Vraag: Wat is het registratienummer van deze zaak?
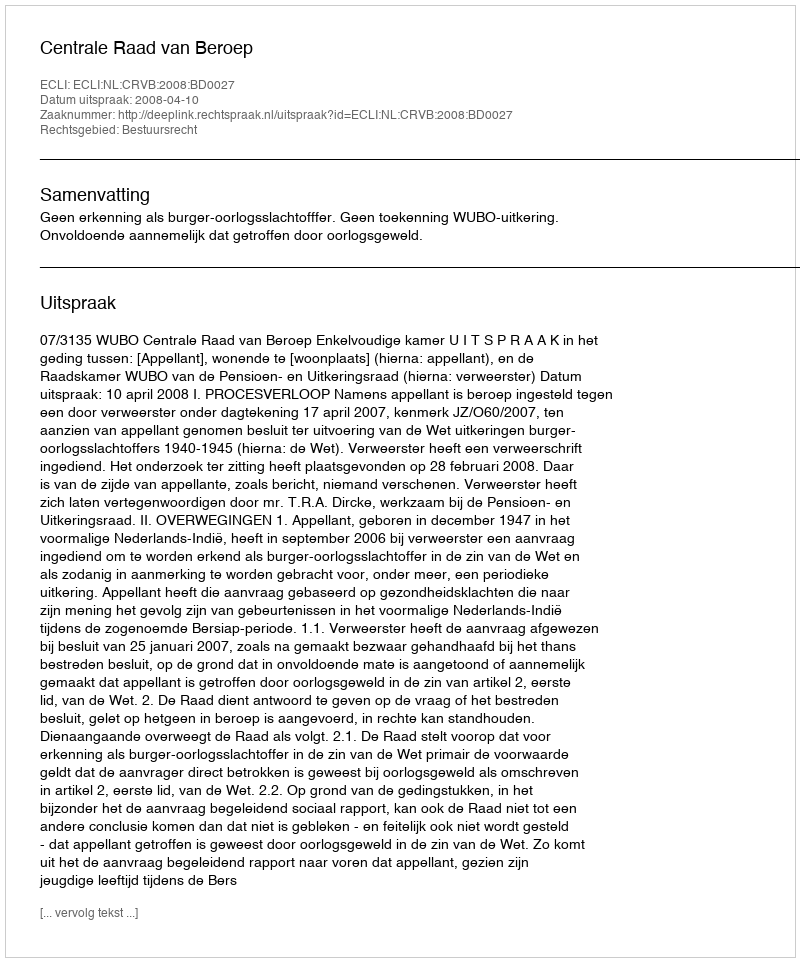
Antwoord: http://deeplink.rechtspraak.nl/uitspraak?id=ECLI:NL:CRVB:2008:BD0027